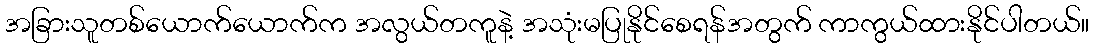
အခြားသူတစ်ယောက်ယောက်က အလွယ်တကူနဲ့ အသုံးမပြုနိုင်စေရန်အတွက် ကာကွယ်ထားနိုင်ပါတယ်။